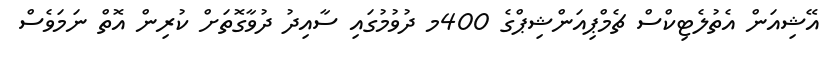
އޭޝިއަން އެތުލެޓިކްސް ޗެމްޕިއަންޝިޕްގެ 400މ ދުވުމުގައި ސާއިދު ދުވާގޮތަށް ކުރިން އޮތް ނަމަވެސް